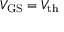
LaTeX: V _ { \mathrm { G S } } = V _ { \mathrm { t h } }